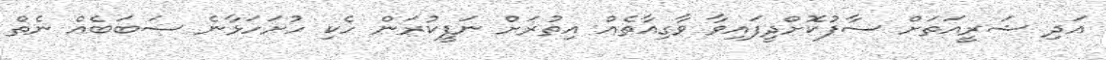
އަދި ޝަރީއަތަށް ސާފުކޮށްދީފައިވާ ވާގިއާތެއް އިތުރަށް ނަފީކުރަން ހެކި ހުށަހަޅާނެ ސަބަބެއް ނެތް